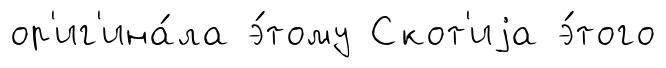
ор'иг'ина́ла э́тому Скот'иjа э́того